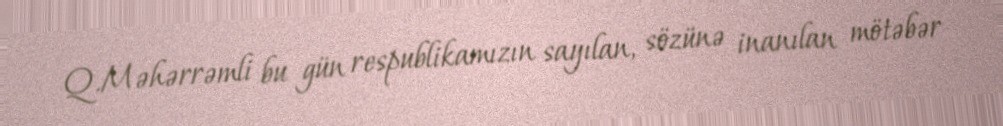
Q.Məhərrəmli bu gün respublikamızın sayılan, sözünə inanılan mötəbər